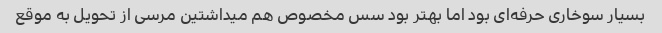
بسیار سوخاری حرفه‌ای بود اما بهتر بود سس مخصوص هم میداشتین مرسی از تحویل به موقع